Annual administration and progress report of the Indian Medical Department, Bombay
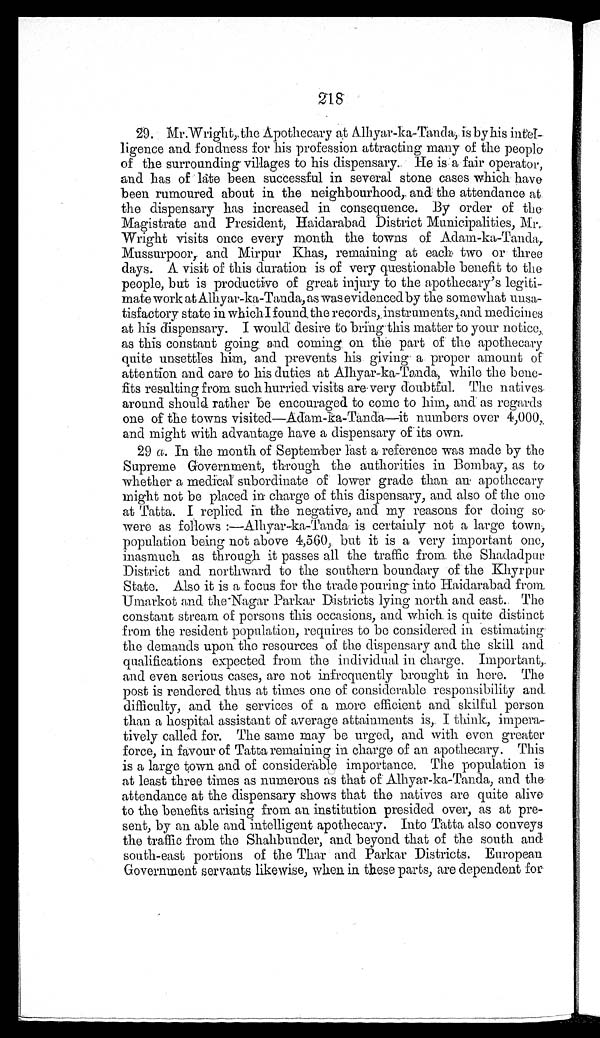
218
29. Mr. Wright, the Apothecary at Alhyar-ka-Tanda, is by his intel
-ligence and fondness for his profession attracting many of the people
of the surrounding villages to his dispensary. He is a fair operator,
and has of late been successful in several stone cases which have
been rumoured about in the neighbourhood, and the attendance at
the dispensary has increased in consequence. By order of the
Magistrate and President, Haidarabad District Municipalities, Mr.
Wright visits once every month the towns of Adam-ka-Tanda,
Mussurpoor, and Mirpur Khas, remaining at each two or three
days. A visit of this duration is of very questionable benefit to the
people, but is productive of great injury to the apothecary's legiti
-mate work at Alhyar-ka-Tanda, as was evidenced by the somewhat unsa
-tisfactory state in which I found, the records, instruments, and medicines
at his dispensary. I would desire to bring this matter to your notice,
as this constant going and coming on the part of the apothecary
quite unsettles him, and prevents his giving a proper amount of
attention and care to his duties at Alhyar-ka-Tanda, while the bene
-fits resulting from such hurried visits are very doubtful. The natives
around should rather be encouraged to come to him, and as regards
one of the towns visited—Adam-ka-Tanda—it numbers over 4,000,
and might with advantage have a dispensary of its own.
29 a. In the month of September last a reference was made by the
Supreme Government, through the authorities in Bombay, as to
whether a medical subordinate of lower grade than an apothecary
might not be placed in charge of this dispensary, and also of the one
at Tatta. I replied in the negative, and my reasons for doing so
were as follows :—Alhyar-ka-Tanda is certainly not a large town,
population being not above 4,560, but it is a very important one,
inasmuch as through it passes all the traffic from the Shadadpur
District and northward to the southern boundary of the Khyrpur
State. Also it is a focus for the trade pouring into Haidarabad from,
Umarkot and the Nagar Parkar Districts lying north and east. The
constant stream of persons this occasions, and which is quite distinct
from the resident population, requires to be considered in estimating
the demands upon the resources of the dispensary and the skill and
qualifications expected from the individual in charge. Important,
and even serious cases, are not infrequently brought in here. The
post is rendered thus at times one of considerable responsibility and
difficulty, and the services of a more efficient and skilful person
than a hospital assistant of average attainments is, I think, impera
-tively called for. The same may be urged, and with even greater
force, in favour of Tatta remaining in charge of an apothecary. This
is a large town and of considerable importance. The population is
at least three times as numerous as that of Alhyar-ka-Tanda, and the
attendance at the dispensary shows that the natives are quite alive
to the benefits arising from an institution presided over, as at pre
-sent, by an able and intelligent apothecary. Into Tatta also conveys
the traffic from the Shahbunder, and beyond that of the south and
south-east portions of the Thar and Parkar Districts. European
Government servants likewise, when in these parts, are dependent for